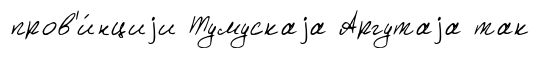
пров'и́нциjи Тумускаjа Аргутаjа так